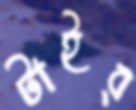
টাইব্